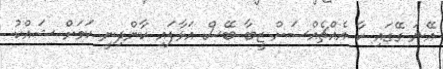
އޭނަ ގޭގައި ކާ އެއްޗެއްސަށް ޒީބާ ބޭސް އަޅާފައި ކާންދިނީ ކަމަށް ޝައްކު